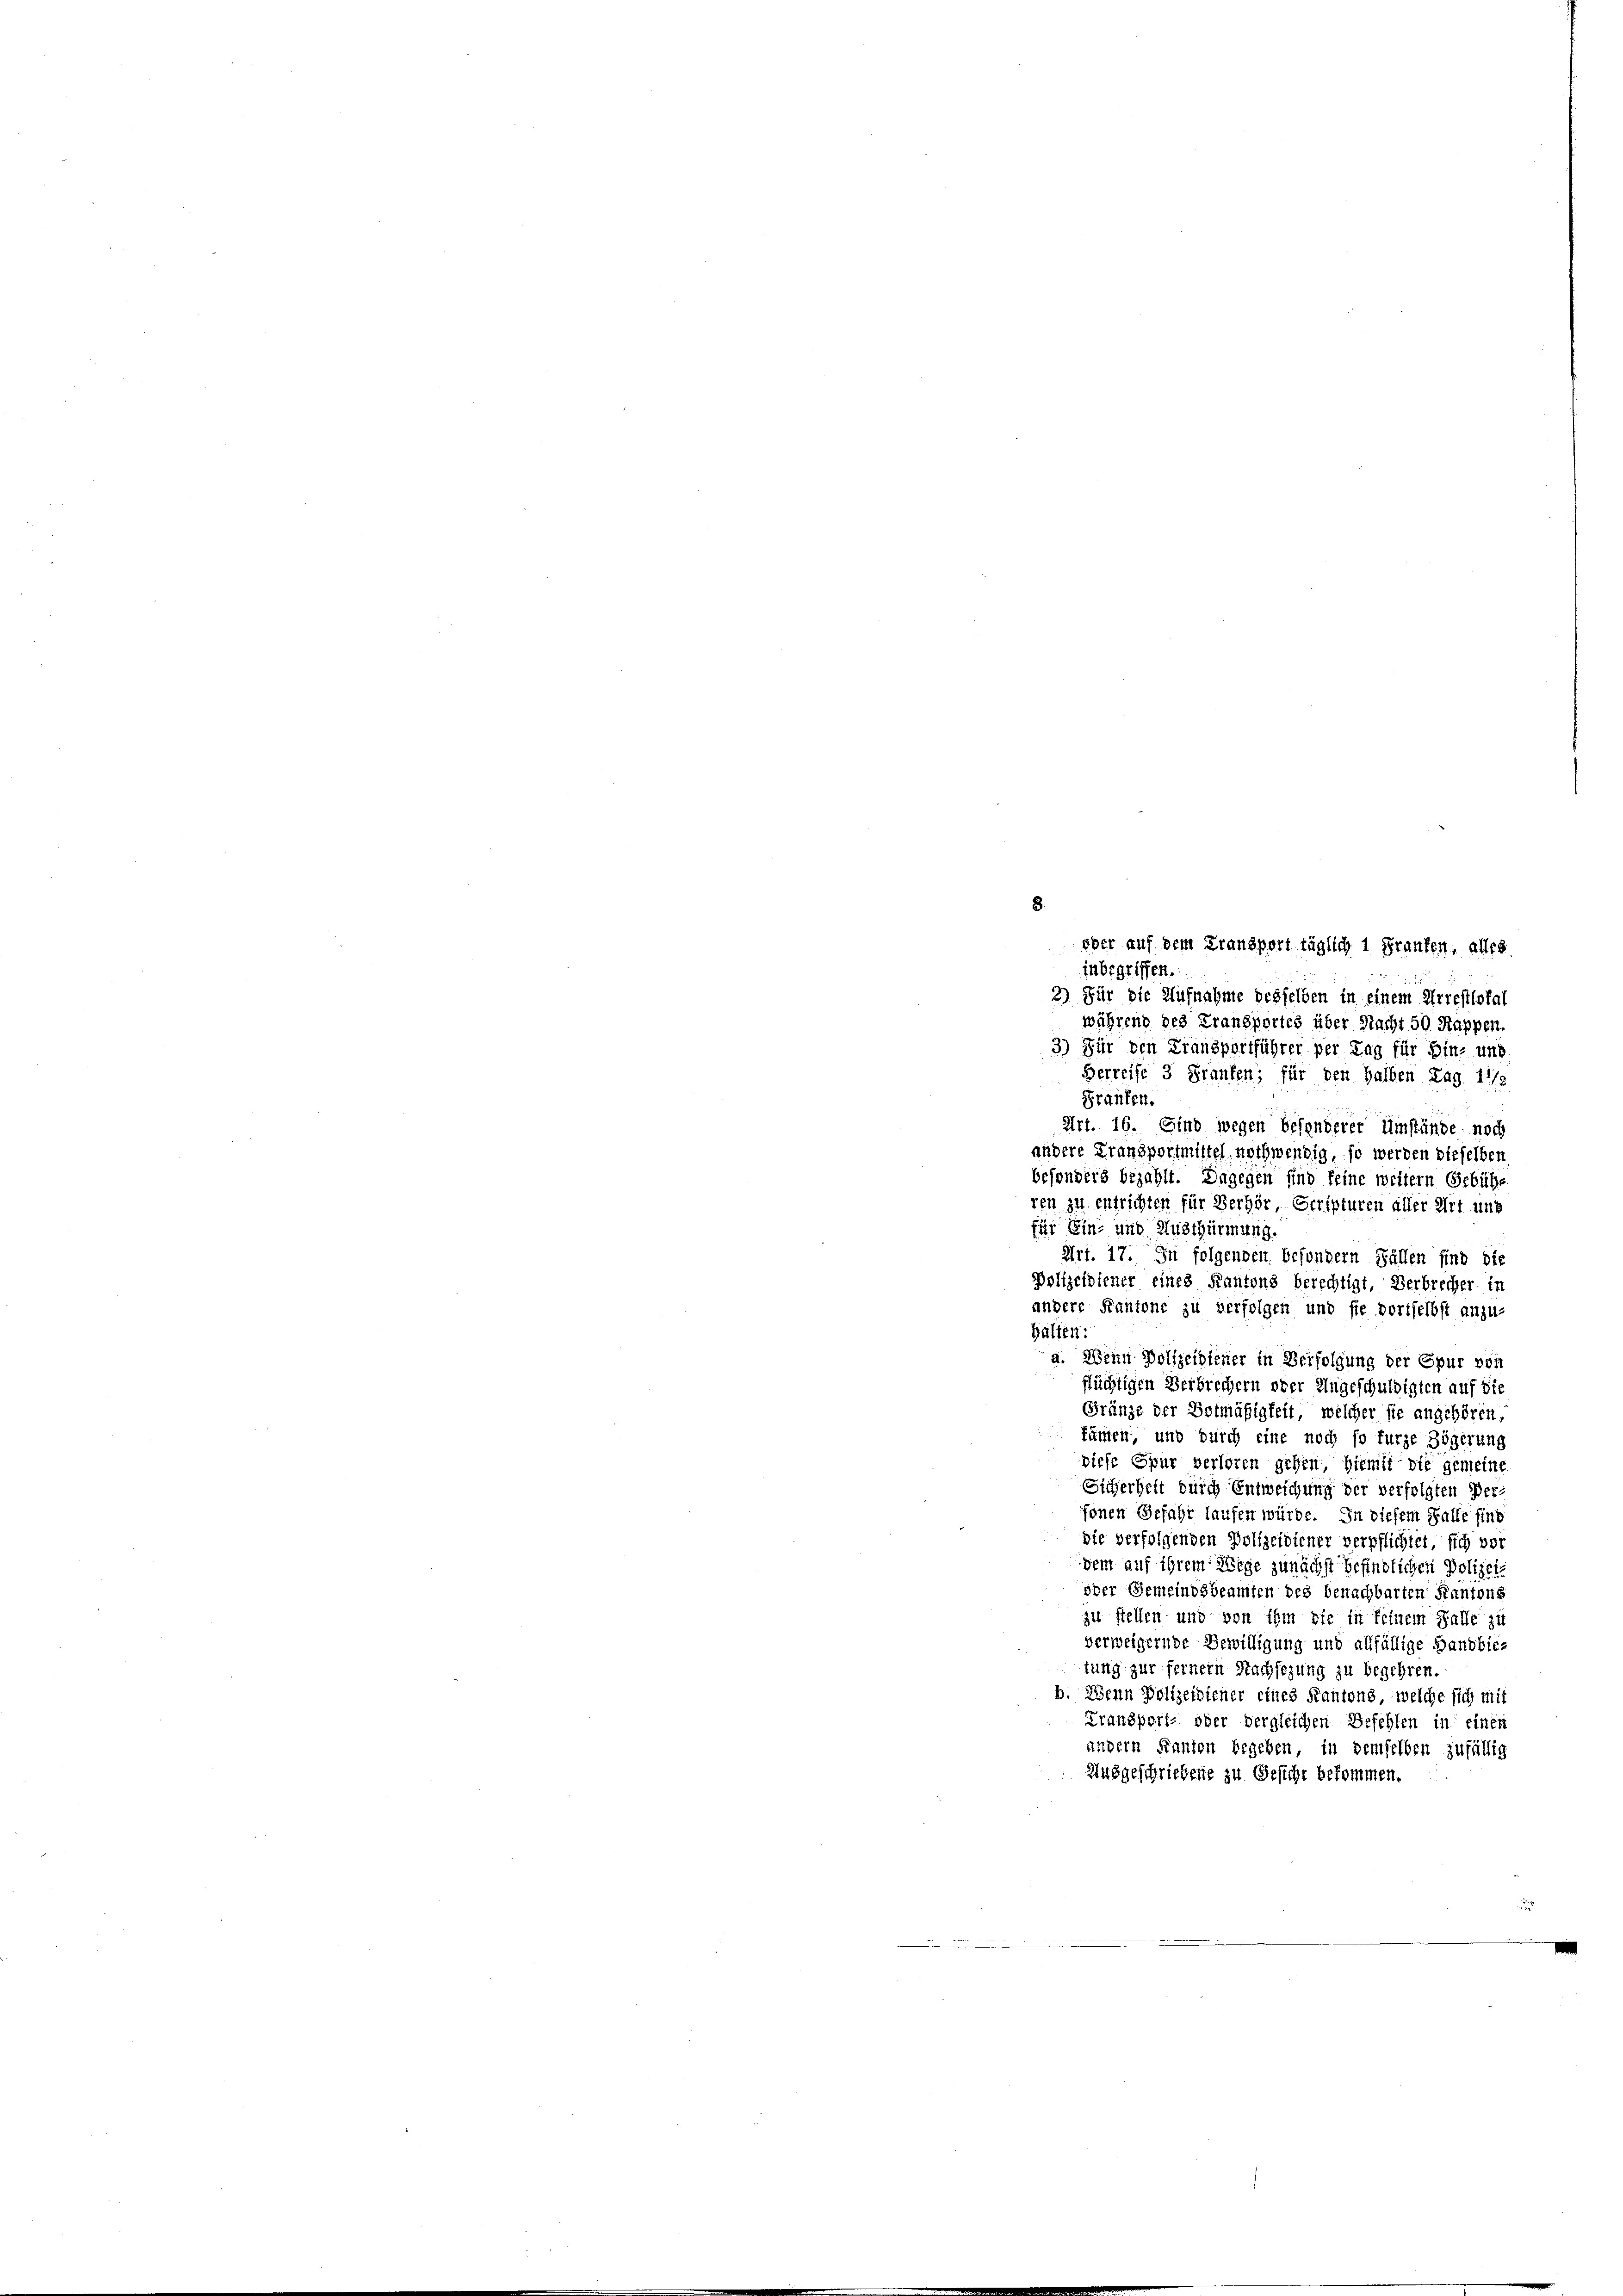
eber auf dem Transport täglich 1 Franken, alles
inbegriffen.
2) Für die Aufnahme desselben in einem Arrestlokal
während des Fransportes über Nacht 50 Rappen.
3) Für den Transportführer per Tag für hinz und
Herreise 3 Franken, für den halben Lag 11/2
Franten.
Art. 16. Sind wegen besonderer Umstände noch
andere Fransportmittel nothwendig, so werden dieselben
besonders bezahlt. Dagegen sind feine weitern Gebühre.
ren zu entrichten für Verhör, Scripturen aller Art und
für Ein- und Austhürmung.
Art. 17. In folgenden besondern Fällen sind die
Polizeidiener eines Kantons berechtigt, Verbrecher in
andere Kantone zu verfolgen und sie dortselbst anzu-
halten:
g. Wenn Polizeidiener in Verfolgung der Epur von
flüchtigen Verbrechern ober Angeschuldigten auf die
Gränze der Botmäßigkeit, welcher sie angehören,
fünten, und durch eine noch so furze Zögerung
diese Spur verloren gehen, hiemit die gemeine
Sicherheit durch Entweichung der verfolgten Per-
fonen Gefahr laufen würde. In diesem Falle sind
die verfolgenden Polizeidiener verpflichtet, sich vor
dem auf ihrem Wege zunächst befindlichen Polizei¬
oder Gemeindsbeamten des benachbarten Kantons
zu stellen und von ihm sie in seinem Falle zu
verweigernde Bewilligung und allfällige Handbie-
tung zur fernem Nachsezung zu begehren.
b. Wenn Polizeidiener eines Kantons, welche sich mit
Transport, oder dergleichen Befehlen in einen
andern Kanton begeben, in demselben zufällig
Ausgeschriebene zu Gesicht bekommen.